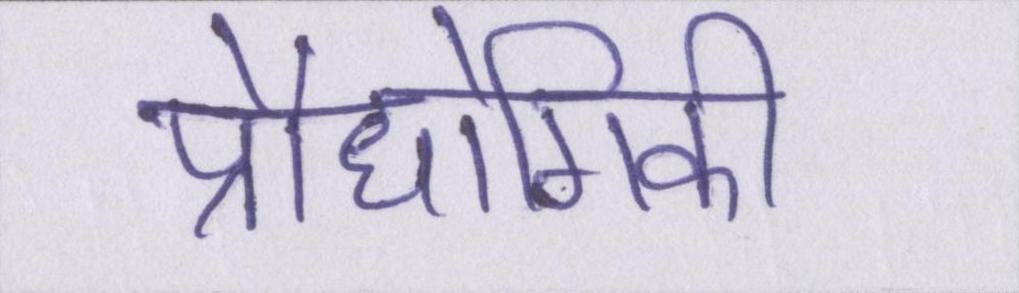
प्रौधोगिकी